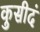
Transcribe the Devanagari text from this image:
कुसीदं